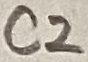
Text: C2